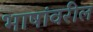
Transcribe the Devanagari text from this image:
भाषांवरील